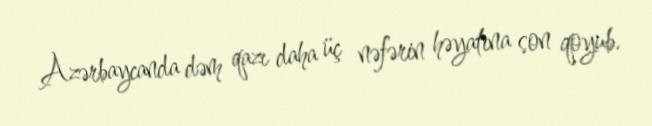
Azərbaycanda dəm qazı daha üç nəfərin həyatına son qoyub.